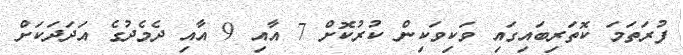
ފުރަތަމަ ކޮތަރިބައިގައި ވަކިވަކިން ކުރުކޮށް 7 އާއި 9 އާއި ދެމެދުގެ އަދަދަކަށް